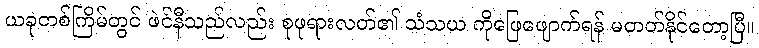
ယခုတစ်ကြိမ်တွင် ဖဲင်နီသည်လည်း စုဖုရားလတ်၏ သံသယ ကိုဖြေဖျောက်ရန် မတတ်နိုင်တော့ပြီ။